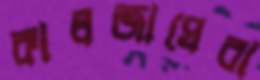
কালজাঘেরা